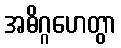
အဓိဂ္ဂဟေတွာ